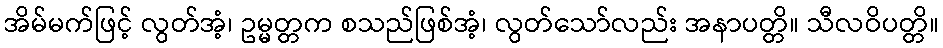
အိမ်မက်ဖြင့် လွတ်အံ့၊ ဥမ္မတ္တက စသည်ဖြစ်အံ့၊ လွတ်သော်လည်း အနာပတ္တိ။ သီလဝိပတ္တိ။